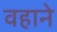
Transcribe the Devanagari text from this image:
वहाने